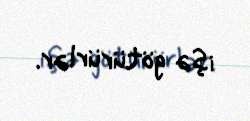
işə götürürlər.